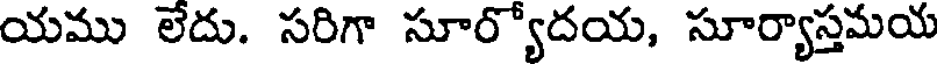
యము లేదు. సరిగా సూర్యోదయ, సూర్యాస్తమయ